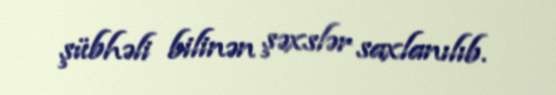
şübhəli bilinən şəxslər saxlanılıb.